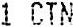
1 CTN